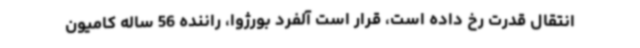
انتقال قدرت رخ داده است، قرار است آلفرد بورژوا، راننده 56 ساله کامیون